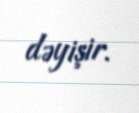
dəyişir.